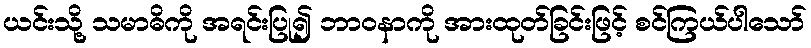
ယင်းသို့ သမာဓိကို အရင်းပြု၍ ဘာဝနာကို အားထုတ်ခြင်းဖြင့် စင်ကြယ်ပါသော်